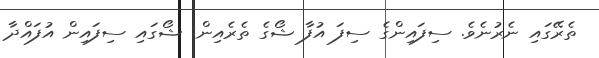
ތެރޭގައި ނެރުނެވެ. ސިފައިންގެ ސިފަ އުފާ ޝޯގެ ތެރެއިން: ޝޯގައި ސިފައިން އުފައްދާ